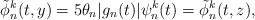
\begin{align*}\tilde{\phi}_n^k (t,y) = 5 \theta_n |g_n(t)|\psi_n^k(t) = \tilde{\phi}_n^k (t,z),\end{align*}